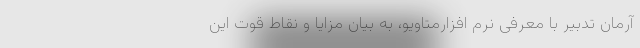
آرمان تدبیر با معرفی نرم افزارمتاویو، به بیان مزایا و نقاط قوت این